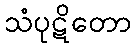
သံပုဋိတော